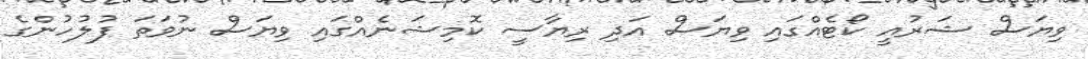
ވިޔަސް ޝަރުއީ ކޯޓެއްގައި ވިޔަސް އަދި ރިޔާސީ ކޮމިޝަނެއްގައި ވިޔަސް ނުވަތަ ފުލުހުންގެ